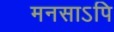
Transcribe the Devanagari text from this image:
मनसाऽपि